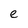
Character: e